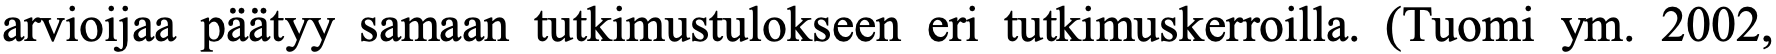
arvioijaa päätyy samaan tutkimustulokseen eri tutkimuskerroilla. (Tuomi ym. 2002,